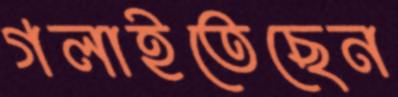
গলাইতেছেন